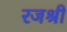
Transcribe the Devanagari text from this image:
रजश्री